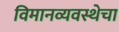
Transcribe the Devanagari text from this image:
विमानव्यवस्थेचा